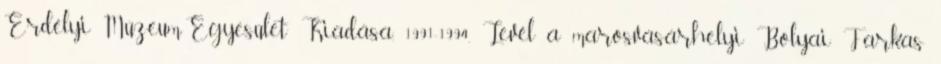
Erdélyi Múzeum-Egyesület Kiadása, 1991-1994. Levél a marosvásárhelyi Bolyai Farkas